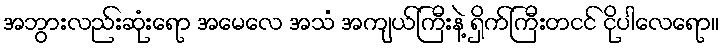
အဘွားလည်းဆုံးရော အမေလေ အသံ အကျယ်ကြီးနဲ့ ရှိက်ကြီးတငင် ငိုပါလေရော။